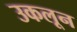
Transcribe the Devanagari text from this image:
उकलून